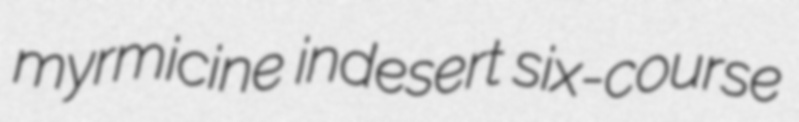
myrmicine indesert six-course